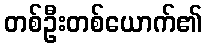
တစ်ဦးတစ်ယောက်၏